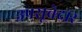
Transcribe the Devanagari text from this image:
उपसूबेदार